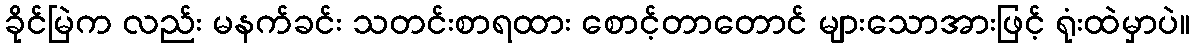
ခိုင်မြဲက လည်း မနက်ခင်း သတင်းစာရထား စောင့်တာတောင် များသောအားဖြင့် ရုံးထဲမှာပဲ။